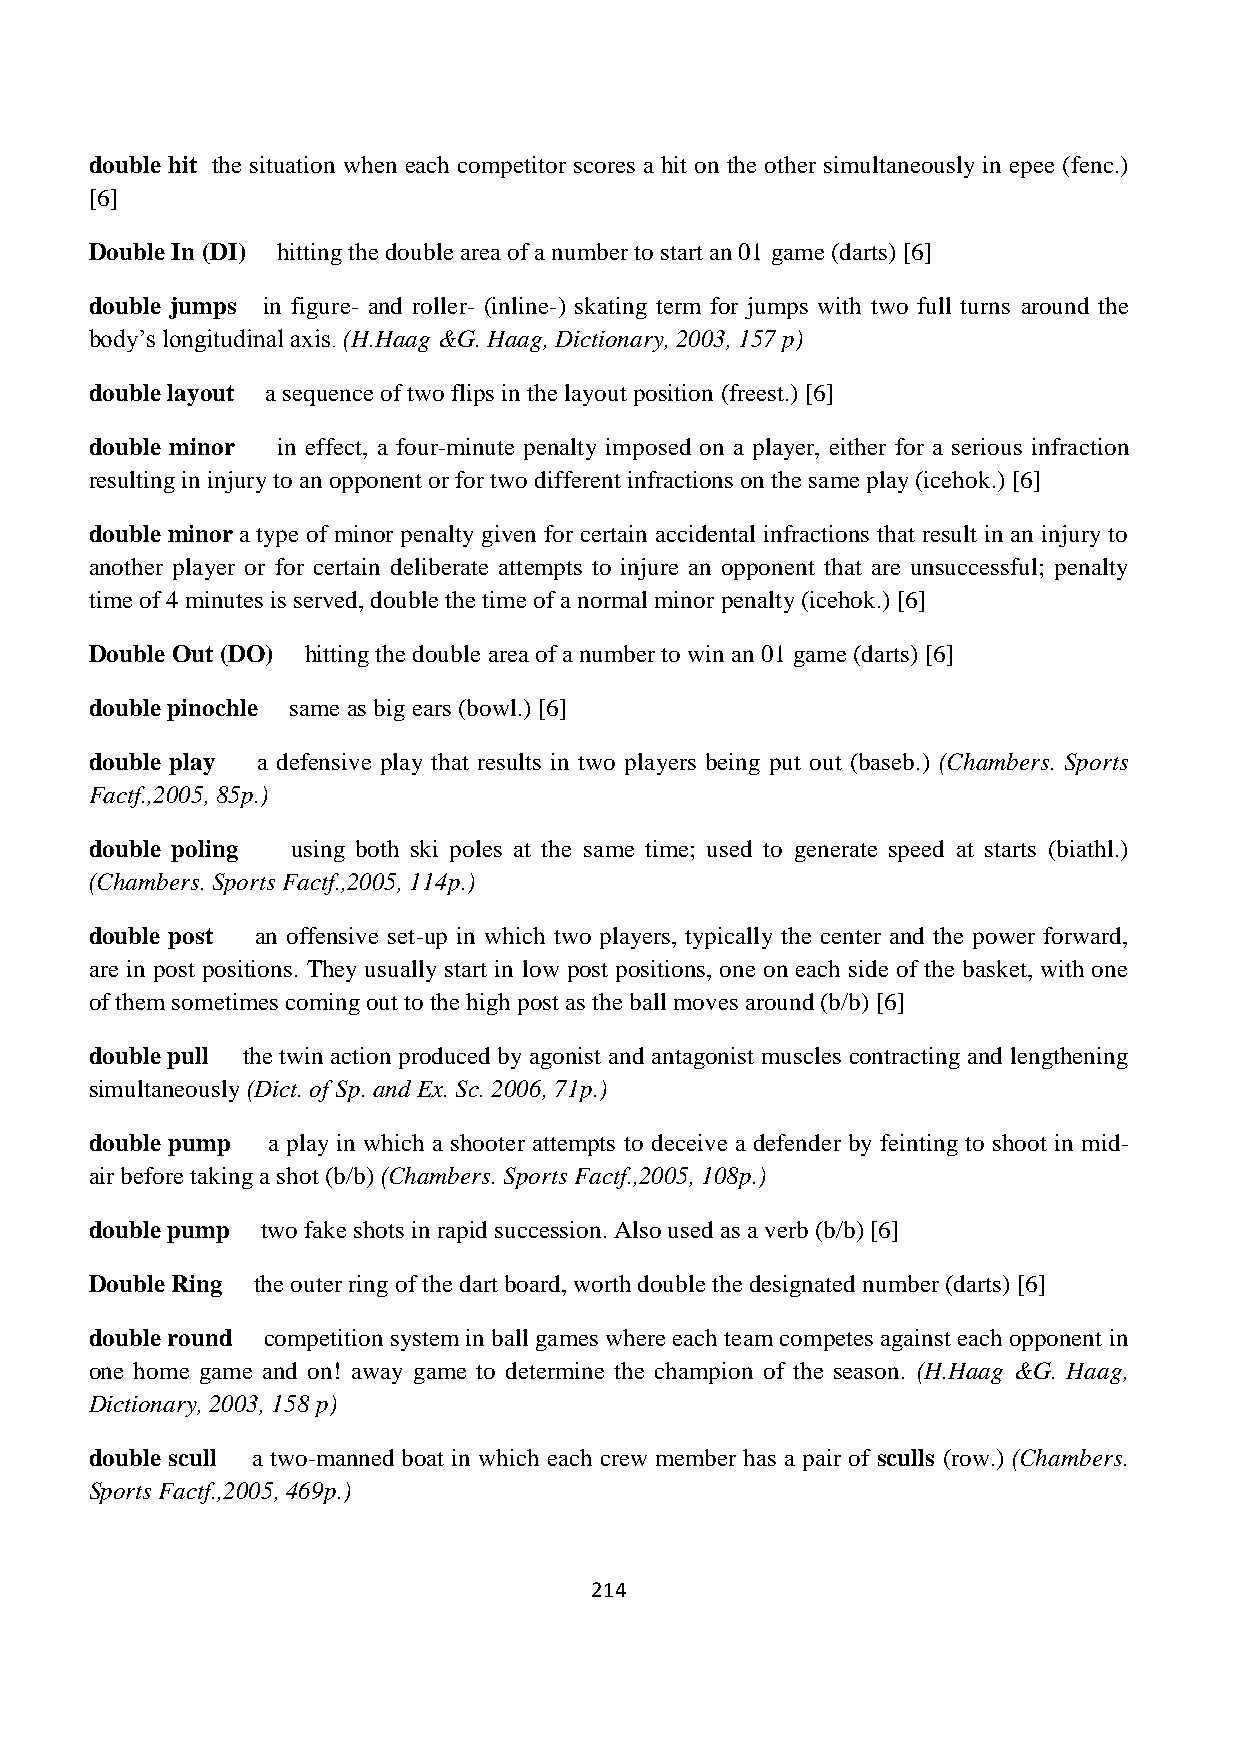
double hit the situation when each competitor scores a hit on the other simultaneously in epee (fenc.)
 [6]
 Double In (DI) hitting the double area of a number to start an 01 game (darts) [6]
 double jumps in figure- and roller- (inline-) skating term for jumps with two full turns around the
 body’s longitudinal axis. (H.Haag &G. Haag, Dictionary, 2003, 157 p)
 double layout a sequence of two flips in the layout position (freest.) [6]
 double minor in effect, a four-minute penalty imposed on a player, either for a serious infraction
 resulting in injury to an opponent or for two different infractions on the same play (icehok.) [6]
 double minor a type of minor penalty given for certain accidental infractions that result in an injury to
 another player or for certain deliberate attempts to injure an opponent that are unsuccessful; penalty
 time of 4 minutes is served, double the time of a normal minor penalty (icehok.) [6]
 Double Out (DO) hitting the double area of a number to win an 01 game (darts) [6]
 double pinochle same as big ears (bowl.) [6]
 double play a defensive play that results in two players being put out (baseb.) (Chambers. Sports
 Factf.,2005, 85p.)
 double poling using both ski poles at the same time; used to generate speed at starts (biathl.)
 (Chambers. Sports Factf.,2005, 114p.)
 double post an offensive set-up in which two players, typically the center and the power forward,
 are in post positions. They usually start in low post positions, one on each side of the basket, with one
 of them sometimes coming out to the high post as the ball moves around (b/b) [6]
 double pull the twin action produced by agonist and antagonist muscles contracting and lengthening
 simultaneously (Dict. of Sp. and Ex. Sc. 2006, 71p.)
 double pump a play in which a shooter attempts to deceive a defender by feinting to shoot in mid-
 air before taking a shot (b/b) (Chambers. Sports Factf.,2005, 108p.)
 double pump two fake shots in rapid succession. Also used as a verb (b/b) [6]
 Double Ring the outer ring of the dart board, worth double the designated number (darts) [6]
 double round competition system in ball games where each team competes against each opponent in
 one home game and on! away game to determine the champion of the season. (H.Haag &G. Haag,
 Dictionary, 2003, 158 p)
 double scull a two-manned boat in which each crew member has a pair of sculls (row.) (Chambers.
 Sports Factf.,2005, 469p.)
 214